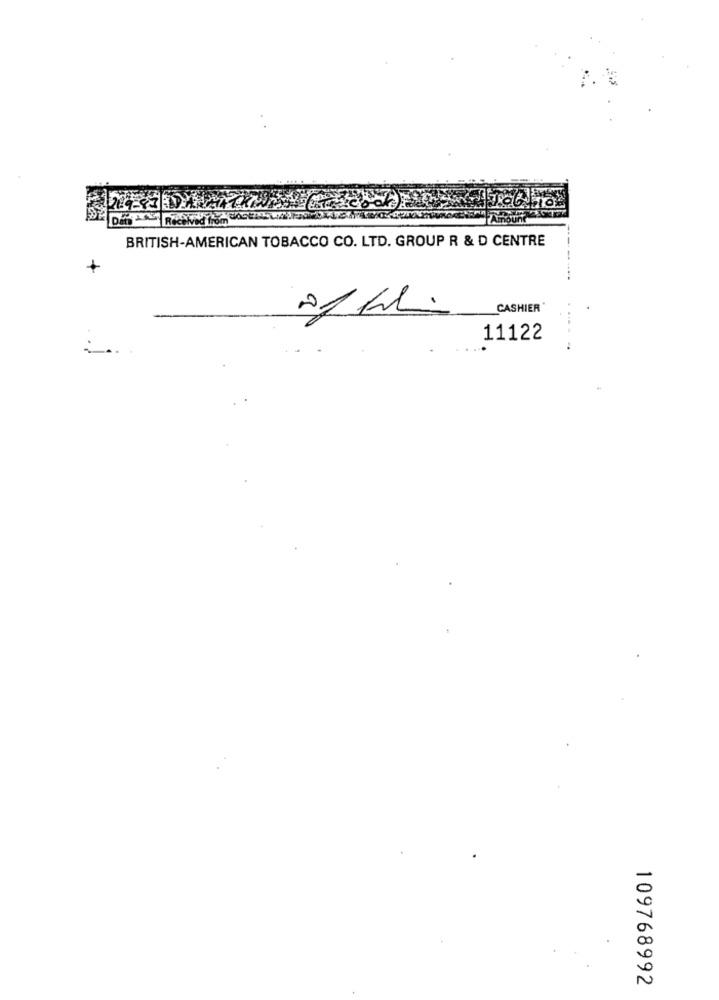
Received from
Amount
BRITISH-AMERICAN TOBACCO CO. LTD. GROUP R & D CENTRE
+
CASHIER
11122
109768992